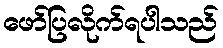
ဖော်ပြလိုက်ရပါသည်